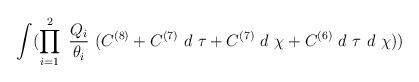
LaTeX: \begin{align*}\int (\prod_{i=1}^{2}~\frac{Q_i}{\theta_i}~(C^{(8)} + C^{(7)}~d~\tau + C^{(7)}~d~\chi + C^{(6)}~d~\tau~d~\chi))\end{align*}